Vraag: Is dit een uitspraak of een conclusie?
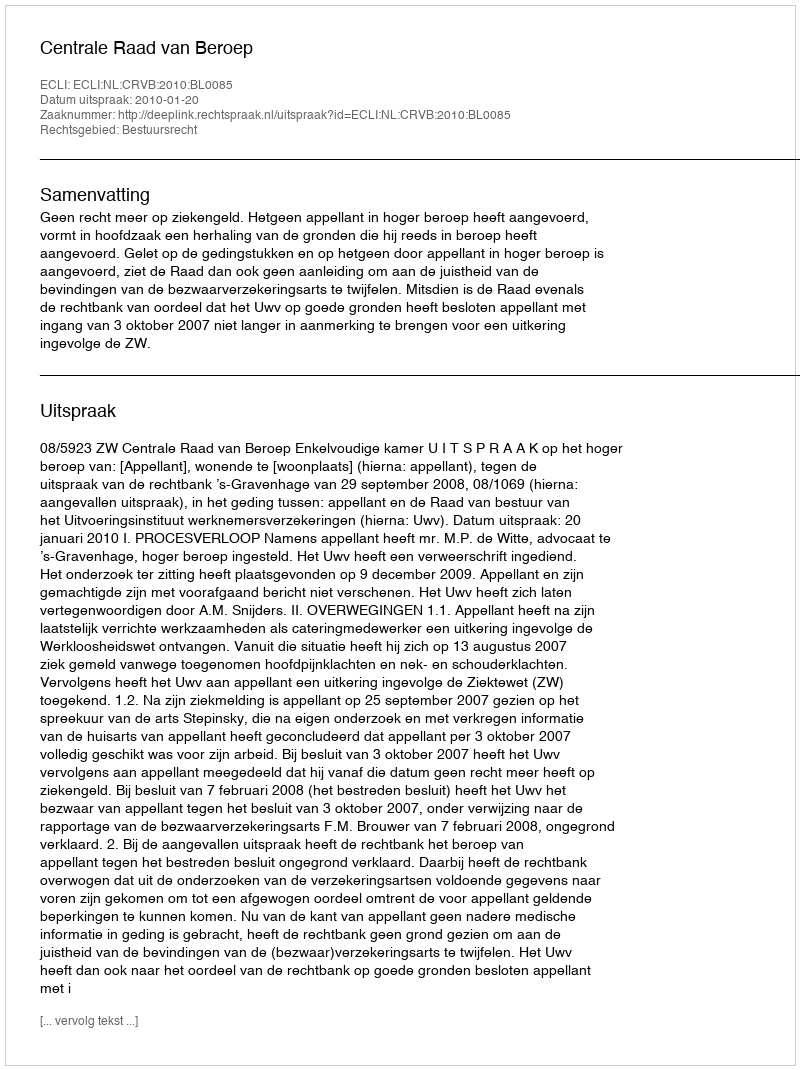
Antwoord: Uitspraak